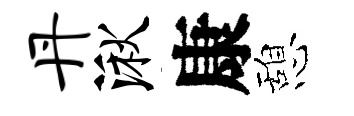
丹湫康憩